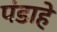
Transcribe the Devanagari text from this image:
पंडाहे